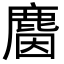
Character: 𪊦